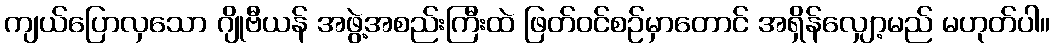
ကျယ်ပြောလှသော ဂျိုဗီယန် အဖွဲ့အစည်းကြီးထဲ ဖြတ်ဝင်စဉ်မှာတောင် အရှိန်လျှော့မည် မဟုတ်ပါ။